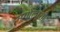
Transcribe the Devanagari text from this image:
भूगोलाशी